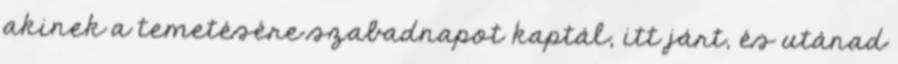
akinek a temetésére szabadnapot kaptál, itt járt, és utánad